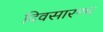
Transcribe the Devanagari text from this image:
दिवसारम्भ